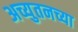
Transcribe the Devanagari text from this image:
अच्युतनच्या